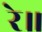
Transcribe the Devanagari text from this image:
रे॥